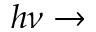
h \nu \rightarrow